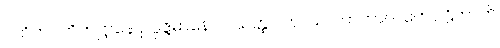
ဂဟိတဂဟိတဋ္ဌာနေ ဥပ္ပဇ္ဇမာနောဝ သတ္ထဝါဟဿ ဂတကာလတော ဌိတာဟိ